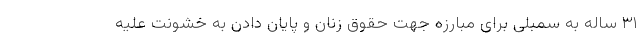
۳۱ ساله به سمبلی برای مبارزه جهت حقوق زنان و پایان دادن به خشونت علیه